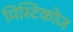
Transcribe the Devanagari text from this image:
मिस्टिकोज